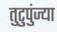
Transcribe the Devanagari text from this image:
तुटुपुंज्या